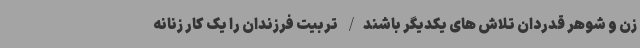
زن و شوهر قدردان تلاش های یکدیگر باشند/ تربیت فرزندان را یک کار زنانه